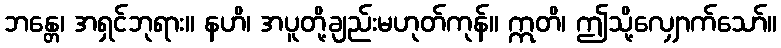
ဘန္တေ၊ အရှင်ဘုရား။ နဟိ၊ အပူတို့ချည်းမဟုတ်ကုန်။ ဣတိ၊ ဤသို့လျှောက်သော်။